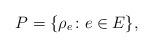
LaTeX: \begin{align*}P = \{ \rho_e \colon e \in E \},\end{align*}